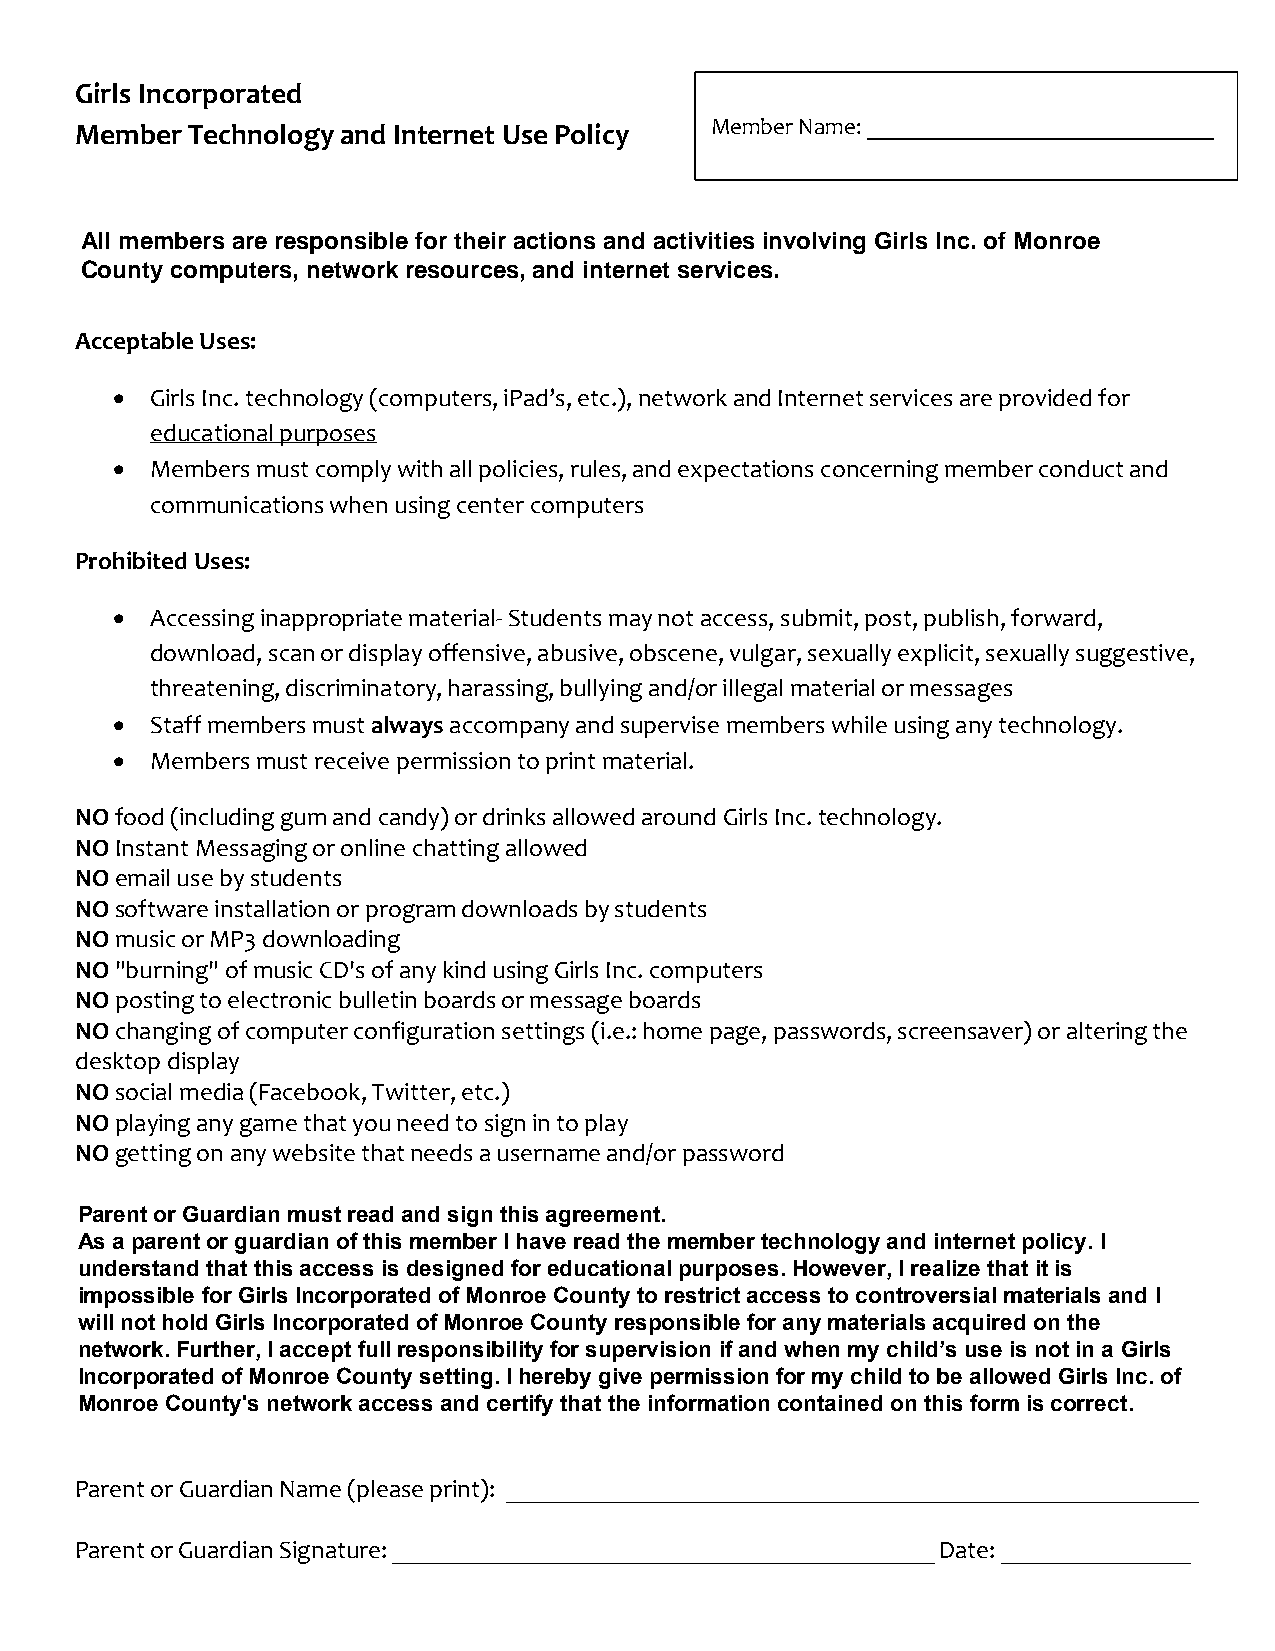
Girls Incorporated of Shelbyville/Shelby County
 Member Technology and Internet Use Policy Member Name: ______________________________
 All members are responsible for their actions and activities involving Girls Inc. of Monroe
 All members are responsible for their actions and activities involving Girls Incorporated of
 County computers, network resources, and internet services.
 Shelbyville/Shelby County computers, network resources, and internet services.
 Acceptable Uses:
   Girls Inc. technology (computers, iPad’s, etc.), network and Internet services are provided for
 educational purposes
   Members must comply with all policies, rules, and expectations concerning member conduct and
 communications when using center computers
 Prohibited Uses:
   Accessing inappropriate material- Students may not access, submit, post, publish, forward,
 download, scan or display offensive, abusive, obscene, vulgar, sexually explicit, sexually suggestive,
 threatening, discriminatory, harassing, bullying and/or illegal material or messages
   Staff members must always accompany and supervise members while using any technology.
   Members must receive permission to print material.
 NO food (including gum and candy) or drinks allowed around Girls Inc. technology.
 NO Instant Messaging or online chatting allowed
 NO email use by students
 NO software installation or program downloads by students
 NO music or MP3 downloading
 NO "burning" of music CD's of any kind using Girls Inc. computers
 NO posting to electronic bulletin boards or message boards
 NO changing of computer configuration settings (i.e.: home page, passwords, screensaver) or altering the
 desktop display
 NO social media (Facebook, Twitter, etc.)
 NO playing any game that you need to sign in to play
 NO getting on any website that needs a username and/or password
 PPaarreenntt oorr GGuuaarrddiiaann mmuusstt rreeaadd aanndd ssigignn t thhisis a aggrereeemmeenntt.. A s a parent or guardian of this member I have read
 tAhse am peamrebnetr oter cghunaordloiagny aonf dth iinst emrnemetb peor lIic hya. vI eu nredaedrs tthaen dm tehmatb tehri ste acchcneosslo igs yd easnidg ninetde fronre te pdoulciactyi.o In al
 understand that this access is designed for educational purposes. However, I realize that it is
 purposes. However, I realize that it is impossible for Girls Incorporated of Shelbyville/Shelby County to
 impossible for Girls Incorporated of Monroe County to restrict access to controversial materials and I
 restrict access to controversial materials and I will not hold Girls Incorporated of Shelbyville/Shelby County
 will not hold Girls Incorporated of Monroe County responsible for any materials acquired on the
 responsible for any materials acquired on the network. Further, I accept full responsibility for supervision if
 network. Further, I accept full responsibility for supervision if and when my child’s use is not in a Girls
 and when my child’s use is not in a Girls Incorporated of Shelbyville/Shelby County setting. I hereby give
 Incorporated of Monroe County setting. I hereby give permission for my child to be allowed Girls Inc. of
 pMeornmriosesi oCno ufonrt ym'sy ncehtilwdo trok baec caellsosw aendd G cirelsr tIinfyc othrpaot trhatee idn foofr mShaetliboynv cilolen/Stahienlebdy oCno uthnitsy fnoertmw iosr kc oarcrceecsts. and
 certify that the information contained on this form is correct.
 Parent or Guardian Name (please print): _______________________________________________________
 Parent or Guardian Signature: ___________________________________________ Date: _______________